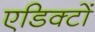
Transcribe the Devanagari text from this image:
एडिक्टों